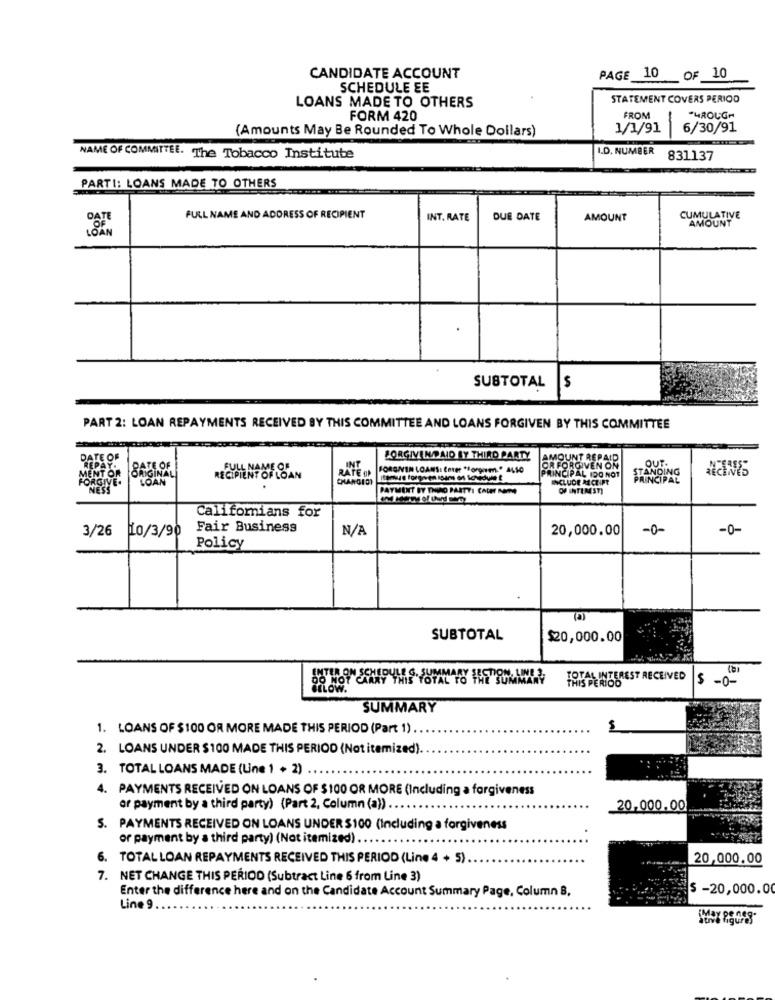
CANDIDATE ACCOUNT
PAGE 10 OF 10
SCHEDULE EE
LOANS MADE TO OTHERS
STATEMENT COVERS PERIOD
FORM 420
FROM
*HROUGH
(Amounts May Be Rounded To Whole Dollars)
1/1/91
6/30/91
I.D. NUMBER
NAME OF COMMITTEE. The Tobacco Institute
831137
PARTI: LOANS MADE TO OTHERS
FULL NAME AND ADDRESS OF RECIPIENT
INT. RATE
DUE DATE
AMOUNT
CUMULATIVE
AMOUNT
.
SUBTOTAL
$
PART 2: LOAN REPAYMENTS RECEIVED BY THIS COMMITTEE AND LOANS FORGIVEN BY THIS COMMITTEE
FORGIVENPAID BY THIRD PARTY
RATE OF
INT
FORGNEN LOANS: Enter "forporm. * 44,50
FORGIVEN ON
SANGINAL
RECIPIENT OF LOAN
PRINCIPAL IDO NO
INCLUDE MCLIFE
STANDING
PAYMENT BY DURO PARTTI CALE NAPO
OF INTERSTI
Californians for
3/26
Fair Business
20,000.00
-0-
-0-
Ho/3/90
Policy
SUBTOTAL
$20,000.00
TOTAL INTEREST RECEIVED
: - 0-
SUMMARY
1. LOANS OF $100 OR MORE MADE THIS PERIOD (Part 1) .
2. LOANS UNDER $100 MADE THIS PERIOD (Not itemized).
3. TOTAL LOANS MADE (Une 1 + 2) .
PAYMENTS RECEIVED ON LOANS OF $100 OR MORE (Including a forgiveness
of payment by a third party) (Part 2, Column (a)) ..
20,000.00
S. PAYMENTS RECEIVED ON LOANS UNDER $100 (Including a forgiveness
or payment by a third party) (Not itemized) ...
. TOTAL LOAN REPAYMENTS RECEIVED THIS PERIOD (Line 4 + 5)
20,000.00
7. NET CHANGE THIS PERIOD (Subtract Line 6 from Line 3)
Enter the difference here and on the Candidate Account Summary Page, Column B.
$ -20,000.0
Line 9 .